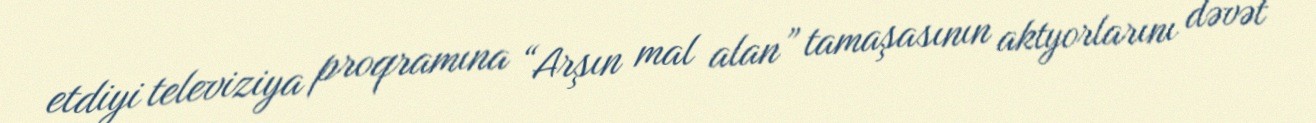
etdiyi televiziya proqramına “Arşın mal alan” tamaşasının aktyorlarını dəvət